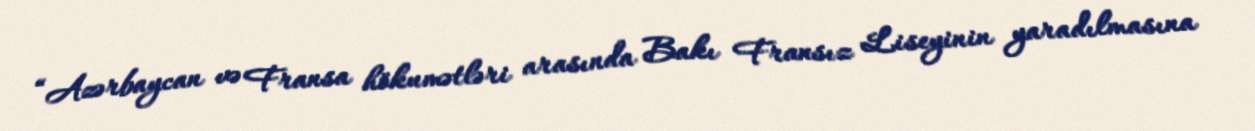
“Azərbaycan və Fransa hökumətləri arasında Bakı Fransız Liseyinin yaradılmasına